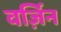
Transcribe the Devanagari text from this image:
वर्ज़िन